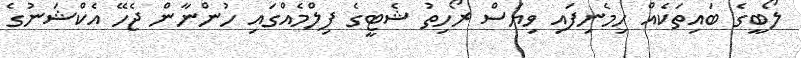
ލޯބީގެ ބައިތަކެއް ހިމެނިފައި ވިޔަސް ރޯހިތު ޝެޓީގެ ފިލްމެއްގައި ހުންނާން ޖެހޭ އެކްޝަނުގެ